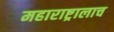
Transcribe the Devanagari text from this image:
महाराष्ट्रालाच